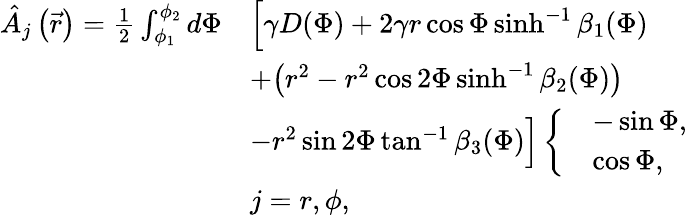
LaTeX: \begin{array}{rl}{\hat{A}_{j}\left(\vec{r}\right)=\frac{1}{2}\int_{\phi_{1}}^{\phi_{2}}d\Phi}&{\Big[\gamma D(\Phi)+2\gamma r\cos{\Phi}\sinh^{-1}{\beta_{1}(\Phi)}}\\ &{+\big(r^{2}-r^{2}\cos{2\Phi}\sinh^{-1}{\beta_{2}(\Phi)}\big)}\\ &{-r^{2}\sin{2\Phi}\tan^{-1}{\beta_{3}(\Phi)}\Big]\left\{ \begin{array}{ll}&{-\sin{\Phi},}\\ &{\cos{\Phi},}\end{array}\right.}\\ &{j=r,\phi,}\end{array}